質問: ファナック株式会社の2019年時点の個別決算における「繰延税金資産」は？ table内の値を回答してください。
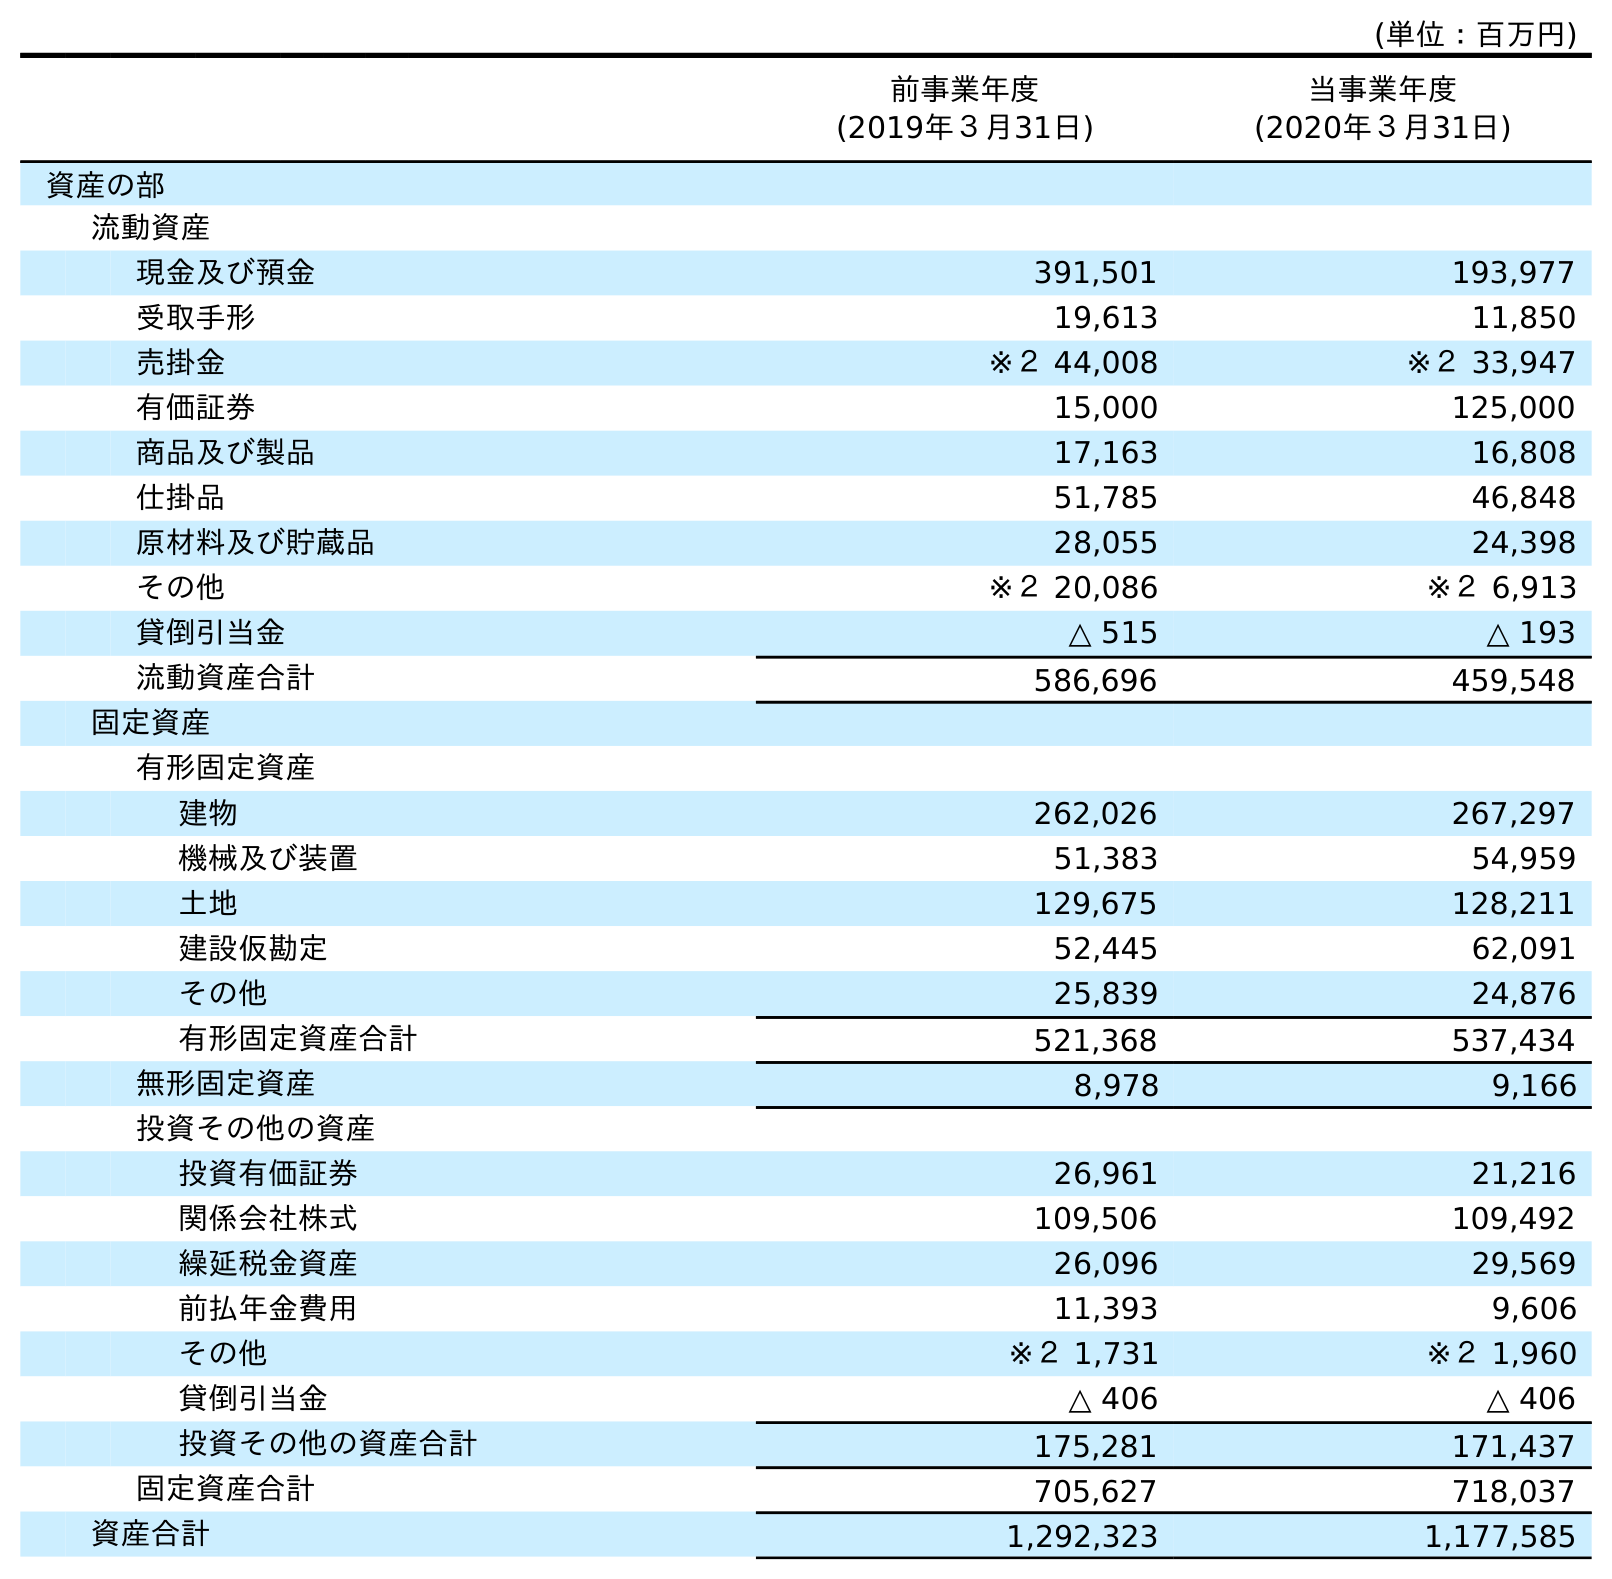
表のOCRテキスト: (単位：百万円) 前事業年度 (2019年３月31日) 当事業年度 (2020年３月31日) 資産の部 流動資産 現金及び預金 391,501 193,977 受取手形 19,613 11,850 売掛金 ※２ 44,008 ※２ 33,947 有価証券 15,000 125,000 商品及び製品 17,163 16,808 仕掛品 51,785 46,848 原材料及び貯蔵品 28,055 24,398 その他 ※２ 20,086 ※２ 6,913 貸倒引当金 △ 515 △ 193 流動資産合計 586,696 459,548 固定資産 有形固定資産 建物 262,026 267,297 機械及び装置 51,383 54,959 土地 129,675 128,211 建設仮勘定 52,445 62,091 その他 25,839 24,876 有形固定資産合計 521,368 537,434 無形固定資産 8,978 9,166 投資その他の資産 投資有価証券 26,961 21,216 関係会社株式 109,506 109,492 繰延税金資産 26,096 29,569 前払年金費用 11,393 9,606 その他 ※２ 1,731 ※２ 1,960 貸倒引当金 △ 406 △ 406 投資その他の資産合計 175,281 171,437 固定資産合計 705,627 718,037 資産合計 1,292,323 1,177,585
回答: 26,096